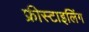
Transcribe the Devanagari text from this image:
फ्रीस्टाइलिंग